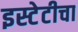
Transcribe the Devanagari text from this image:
इस्टेटीचा